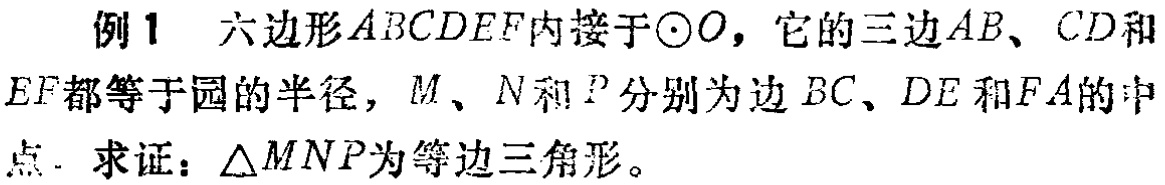
例1 六边形\(ABCDEF\)内接于\(\odot O\)，它的三边\(AB\)、\(CD\)和\(EF\)都等于圆的半径，\(M\)、\(N\)和\(P\)分别为边\(BC\)、\(DE\)和\(FA\)的中点. 求证：\(\triangle MNP\)为等边三角形。